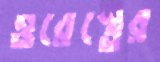
ওরেস্তের